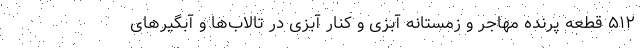
۵۱۲ قطعه پرنده مهاجر و زمستانه آبزی و کنار آبزی در تالاب‌ها و آبگیرهای